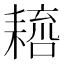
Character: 𦔑